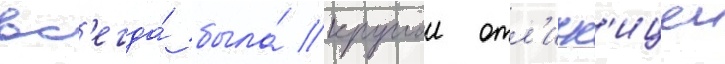
вс'егда́ была́ круглои отл'ичн'ицеи